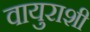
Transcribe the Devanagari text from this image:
वायुराशी